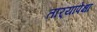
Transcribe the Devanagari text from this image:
तार्‍यापेक्षा